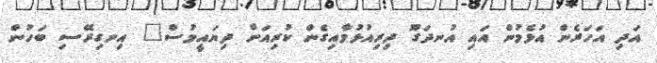
އަދި އަހަރެން އުޅެމުން އައި އުނދަގޫ ދިރިއުޅުމާއިގެން ކުރިއަށް ދިޔައީމުސް" އިނގިރޭސި ބަހުން